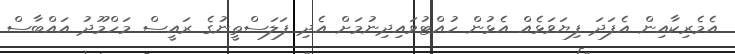
އެމެރިކާއިން އެފަދަ ފިޔަވަޅެއް އެޅުން ހުއްޓުވައިދިނުމަށް އެދި ފަލަސްތީނުގެ ރައީސް މަހްމޫދު އައްބާސް